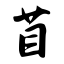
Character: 苜